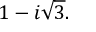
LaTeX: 1 - i { \sqrt { 3 } } .